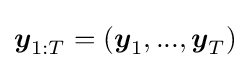
{\boldsymbol {y}}_{1:T}=({\boldsymbol {y}}_{1},...,{\boldsymbol {y}}_{T})